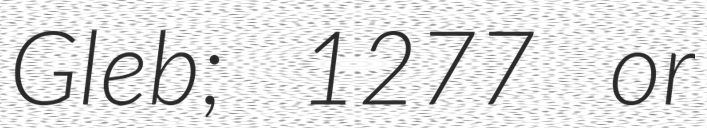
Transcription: Gleb; 1277 or